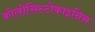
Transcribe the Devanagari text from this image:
कोलीसिस्टोकाइनिन